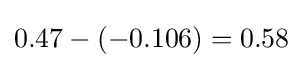
0.47-(-0.106)=0.58